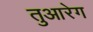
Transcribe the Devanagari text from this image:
तुआरेग